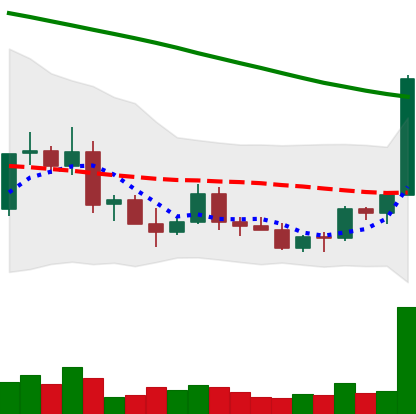
Ticker: ETC-USD
Chart end date: 2022-03-19
Forward return: 42.982%
Label: up_7plus